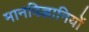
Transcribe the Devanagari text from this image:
मानविज्ञानियों